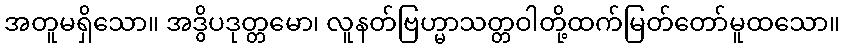
အတူမရှိသော။ အဒွိပဒုတ္တမော၊ လူနတ်ဗြဟ္မာသတ္တဝါတို့ထက်မြတ်တော်မူထသော။